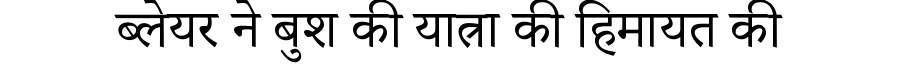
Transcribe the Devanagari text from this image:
ब्लेयर ने बुश की यात्रा की हिमायत की